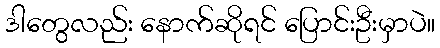
ဒါတွေလည်း နောက်ဆိုရင် ပြောင်းဦးမှာပဲ။